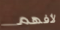
لأفهم